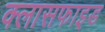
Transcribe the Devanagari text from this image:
क्लासफाइड